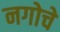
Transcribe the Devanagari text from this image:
नगोचे